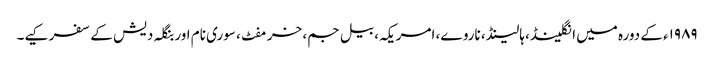
۱۹۸۹ء کے دورہ میں انگلینڈ، ہالینڈ، ناروے، امریکہ، بیل جم، خرمفٹ، سوری نام اور بنگلہ دیش کے سفر کیے۔